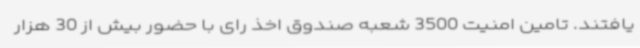
یافتند. تامین امنیت 3500 شعبه صندوق اخذ رای با حضور بیش از 30 هزار